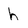
Character: h